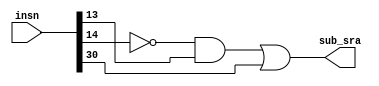
module DecoderRINSN (
  input wire [31:0] insn, // instruo de 32 bits
  output wire sub_sra // controle de adio/subtrao e de logical/arithmetic shift
);

  assign sub_sra = ((~insn[14]) & insn[13]) | insn[30]; 
  // Est codificada no segundo bit mais signifcativo da instruo, e tambm dever ser 1 caso a instruo necessite de uma comparao

endmodule